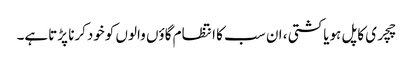
چچری کاپل ہویاکشتی ، ان سب کا انتظام گاؤں والوں کوخودکرنا پڑتاہے۔